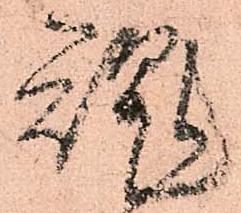
魂